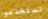
تستخدموا